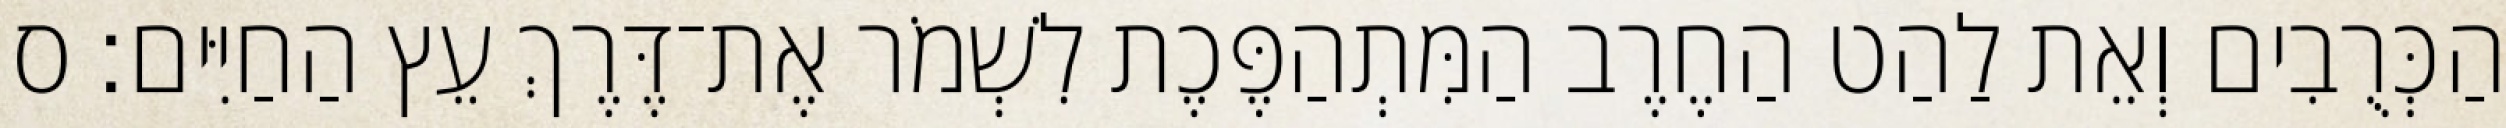
הַכְּרֻבִים וְאֵת לַהַט הַחֶרֶב הַמִּתְהַפֶּכֶת לִשְׁמֹר אֶת־דֶּרֶךְ עֵץ הַחַיִּים׃ ס